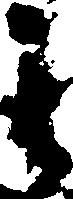
之